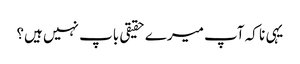
یہی نا کہ آپ میرے حقیقی باپ نہیں ہیں؟